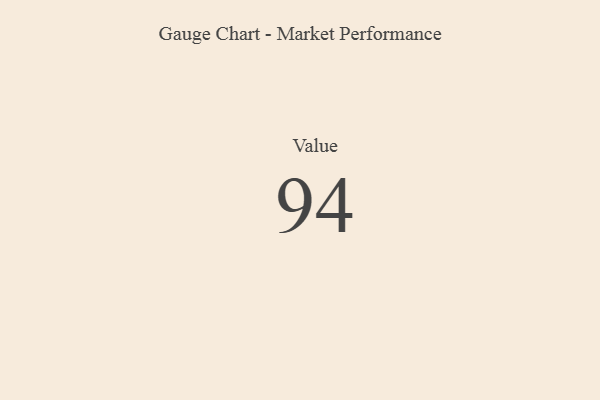
{"axis": {"x": "Metric", "y": "Value"}, "legend": [""], "data": [{"x": "Value", "y": 94, "type": ""}]}